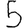
Digit: 5